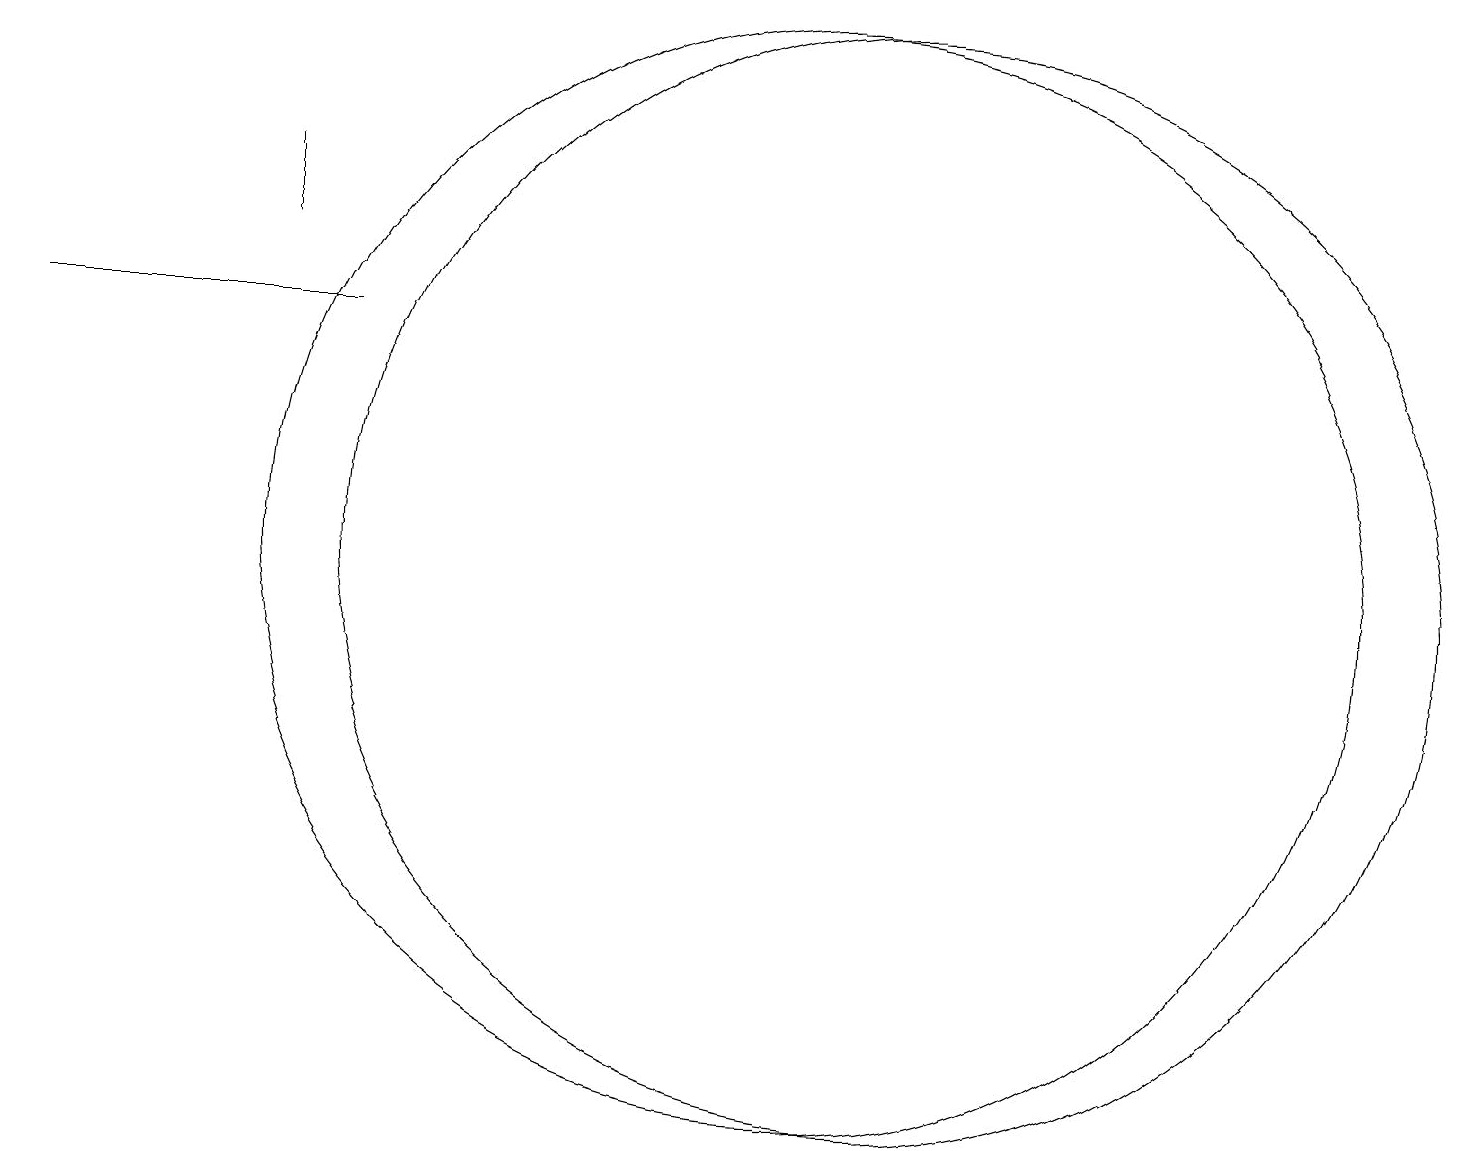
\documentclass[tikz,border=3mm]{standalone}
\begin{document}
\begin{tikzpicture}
\draw (3,15) rectangle (3,14);
\draw (0,13) rectangle (4,13);
\draw (11,10) circle (7);
\draw (10,10) circle (7);
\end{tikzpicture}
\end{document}